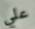
علي